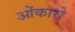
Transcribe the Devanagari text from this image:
ओंकारो